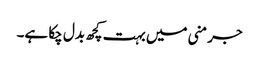
جرمنی میں بہت کچھ بدل چکا ہے۔